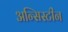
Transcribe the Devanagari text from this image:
अन्सिस्टीन